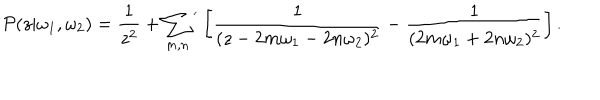
{ \cal P } ( z | \omega _ { 1 } , \omega _ { 2 } ) = \frac { 1 } { z ^ { 2 } } + \sum _ { m , n } { } ^ { ' } \left[ \frac { 1 } { ( z - 2 m \omega _ { 1 } - 2 n \omega _ { 2 } ) ^ { 2 } } - \frac { 1 } { ( 2 m \omega _ { 1 } + 2 n \omega _ { 2 } ) ^ { 2 } } \right] .